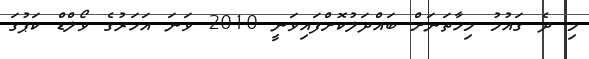
މި ދެ ގައުމު މިހާތަނަށް ބައްދަލުކޮށްފައިވަނީ 2010 ވަނަ އަހަރުގެ ވޯލްޑް ކަޕުގަ